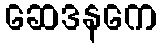
ဆေဒနကေ